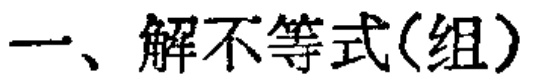
一、解不等式(组)